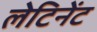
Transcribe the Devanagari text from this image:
लेटिनेंट